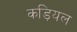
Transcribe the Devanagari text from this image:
कड़ियल